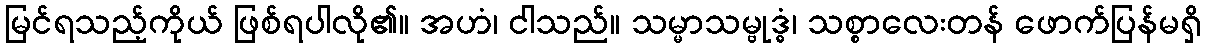
မြင်ရသည့်ကိုယ် ဖြစ်ရပါလို၏။ အဟံ၊ ငါသည်။ သမ္မာသမ္ဗုဒ္ဓံ၊ သစ္စာလေးတန် ဖောက်ပြန်မရှိ